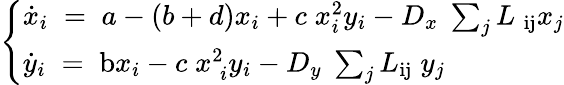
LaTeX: \left\lbrace\begin{array}{l}{\dot{x}_{i}\; =\; a-\left(b+d\right)x_{i}+c\; x_{i}^{2}y_{i}-D_{x}\; \sum_{j}L{\; }_{\mathrm{ij}}x_{j}}\\ {{\dot{y}_{i}\; =\; \mathrm{b}}x_{i}-c\; x_{\; i}^{2}y_{i}-D_{y}\; \sum_{j}L_{\mathrm{ij}}\; y_{j}\; \; \; \; \; \; \; }\end{array}\right.